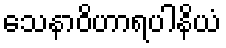
သေနာဝိဟာရပါနိယံ